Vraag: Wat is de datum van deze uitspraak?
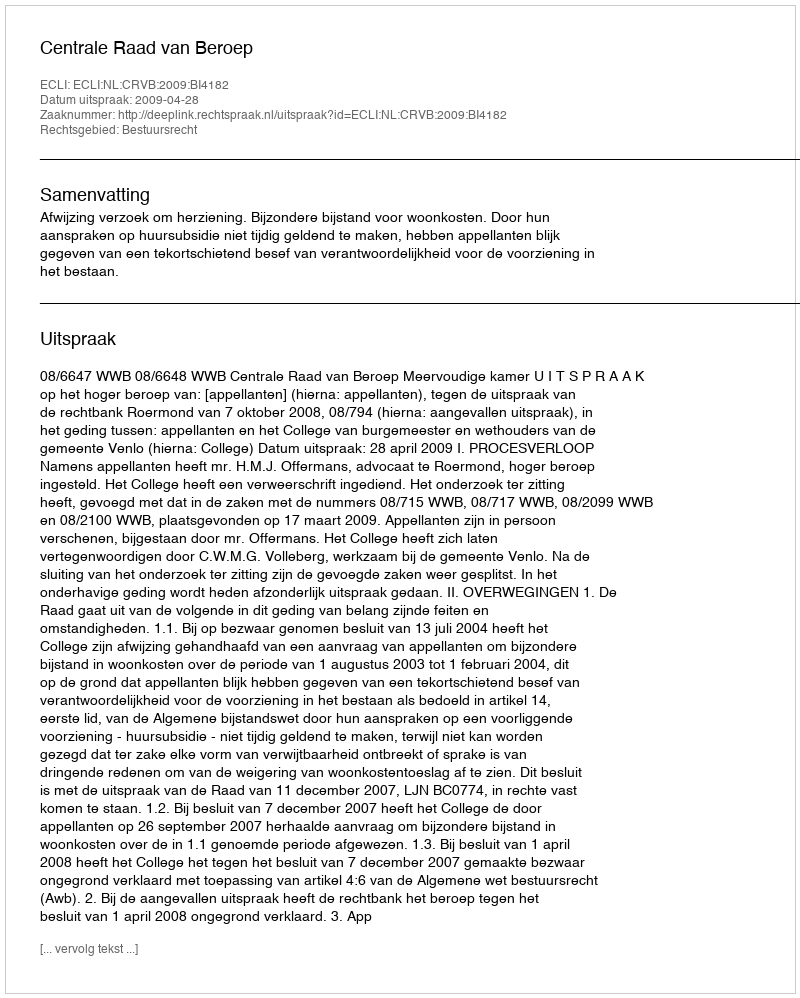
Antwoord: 2009-04-28